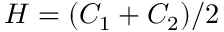
H = ( C _ { 1 } + C _ { 2 } ) / 2